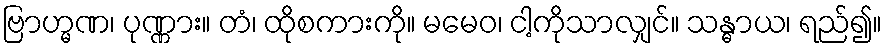
ဗြာဟ္မဏ၊ ပုဏ္ဏား။ တံ၊ ထိုစကားကို။ မမေဝ၊ ငါ့ကိုသာလျှင်။ သန္ဓာယ၊ ရည်၍။